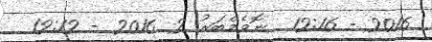
2016 - 12:16  ނޮވެމްބަރު 2